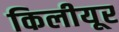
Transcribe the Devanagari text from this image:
किलीयूर